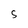
Character: S